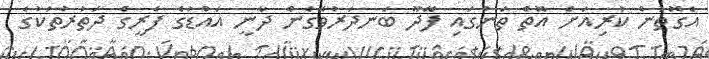
އެގޮތުން ކުރިއަށް އޮތް ތަނުގައި ފޭދޫ ބަނދަރުވެގެން ދާނީ އައްޑުގެ ފެރީގެ ދަތުރުތަކުގެ